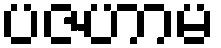
ပဇဟာမ